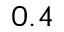
0 . 4